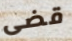
قضى